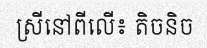
ស្រីនៅពីលើ៖ តិចនិច